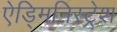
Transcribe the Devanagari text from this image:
ऐड्मिनिस्ट्रेश